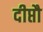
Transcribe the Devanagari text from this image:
दीप्तौ